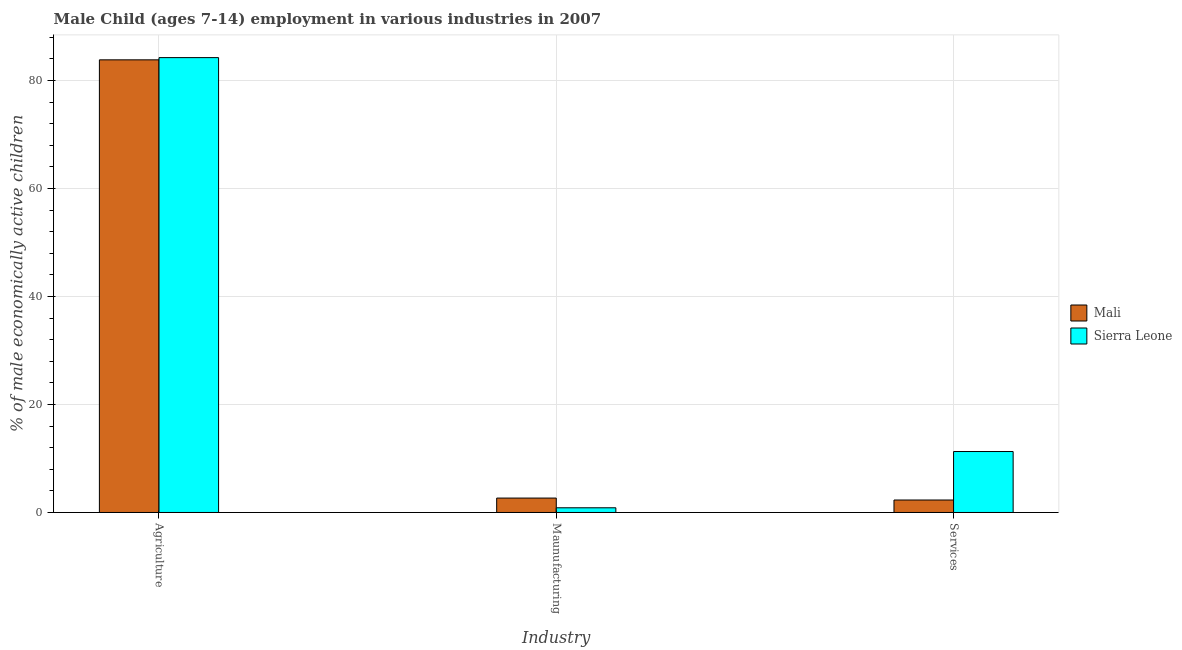
| Industry | Mali | Sierra Leone |
 | --- | --- | --- |
 | Agriculture | 83.8 | 84.2 |
 | Maunufacturing | 2.67 | 0.87 |
 | Services | 2.31 | 11.3 |